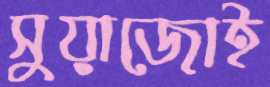
সুয়াজোই